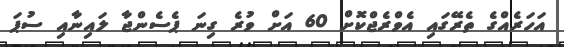
އަހަރެއްގެ ތެރޭގައި އެވްރެޖްކޮށް 60 އަށް ވުރެ ގިނަ ޕެސެންޖާ ލައިނާއި ސުޕަ